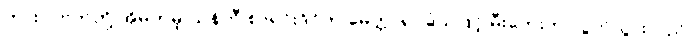
ကားလ်ဗတ်တို့ အိမ်ကမူ ယန်ကီ စာရင်းဒိုင်က မေတ္တာရပ်ခံသဖြင့် မီးဘေးက လွတ်သွားသည်။